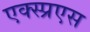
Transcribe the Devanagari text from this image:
एक्स्प्रएस